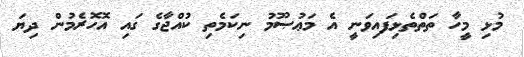
މުޅި މީހާ ތަތްތެޅިފައިވަނީ އެ މަޢުޞޫމު ނިކަމެތި ކުއްޖާގެ ގައި އޮހޮރެމުން ދިޔަ